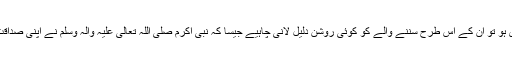
اگر انہیں اس بات کا دعویٰ ہو تو ان کے اس طرح سننے والے کو کوئی روشن دلیل لانی چاہیے جیسا کہ نبیٔ اکرم صَلَّی اللہ تَعَالٰی عَلَیْہِ وَاٰلِہٖ وَسَلَّمَ نے اپنی صداقت پر دلیل پیش فرمائی ہے۔